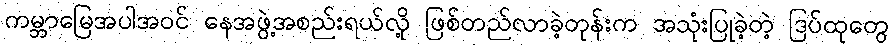
ကမ္ဘာမြေအပါအဝင် နေအဖွဲ့အစည်းရယ်လို့ ဖြစ်တည်လာခဲ့တုန်းက အသုံးပြုခဲ့တဲ့ ဒြပ်ထုတွေ